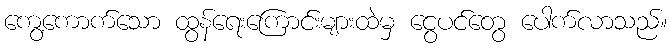
ကွေ့ကောက်သော ထွန်ရေးကြောင်းများထဲမှ ငွေပင်တွေ ပေါက်လာသည်။